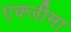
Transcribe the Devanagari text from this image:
एक्जीमा